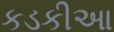
કડકીઆ